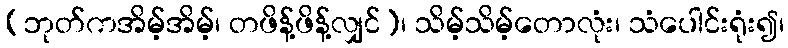
(ဘုတ်ကအိမ့်အိမ့်၊ တဖိန့်ဖိန့်လျှင်)၊ သိမ့်သိမ့်တောလုံး၊ သံပေါင်းရုံး၍၊